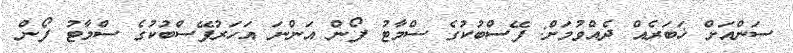
ސަންއަށް ޚަބަރެއް ދެއްވުމަށް: ފޭސްބުކުގެ ސްމާޓު ފޯން އަންނަ އަހަރުފޭސްބުކުގެ ސްމާޓު ފޯން